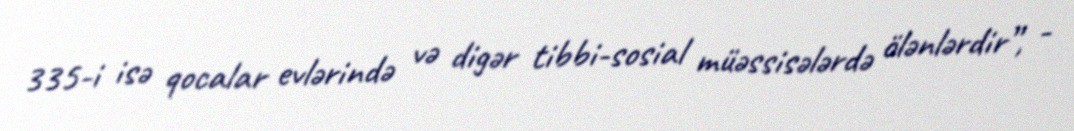
335-i isə qocalar evlərində və digər tibbi-sosial müəssisələrdə ölənlərdir”, -